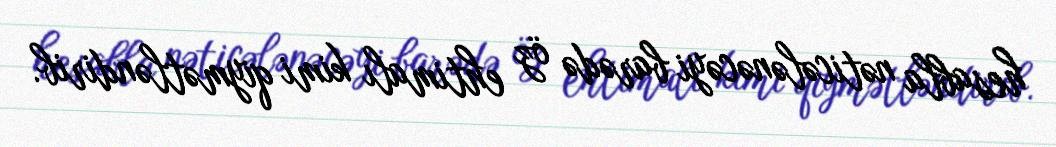
hesabla nəticələnəcəyi barədə öz ehtimalı kimi qiymətləndirib.